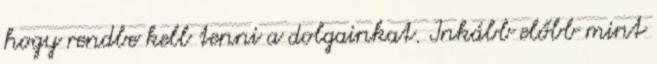
hogy rendbe kell tenni a dolgainkat. Inkább előbb mint